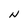
Character: N